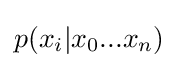
p(x_{i}|x_{0}...x_{n})